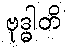
ဗုဒ္ဓါတိ